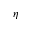
\eta